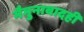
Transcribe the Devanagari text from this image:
मैमुनाबादही